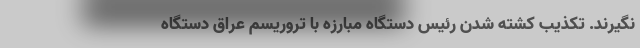
نگیرند. تکذیب کشته شدن رئیس دستگاه مبارزه با تروریسم عراق دستگاه